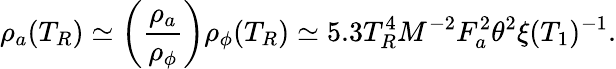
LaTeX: \rho_{a}(T_{R})\simeq\left(\frac{\rho_{a}}{\rho_{\phi}}\right)\rho_{\phi}(T_{R})\simeq 5.3T_{R}^{4}M^{-2}F_{a}^{2}\theta^{2}\xi(T_{1})^{-1}.